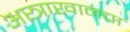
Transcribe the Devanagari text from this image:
अस्त्राखानचा